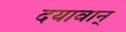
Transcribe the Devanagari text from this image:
दयावान्